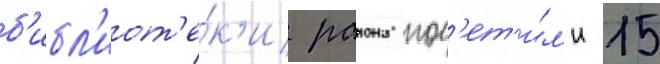
б'ибл'иот'е́к'и раиона пос'ет'и́л'и 15